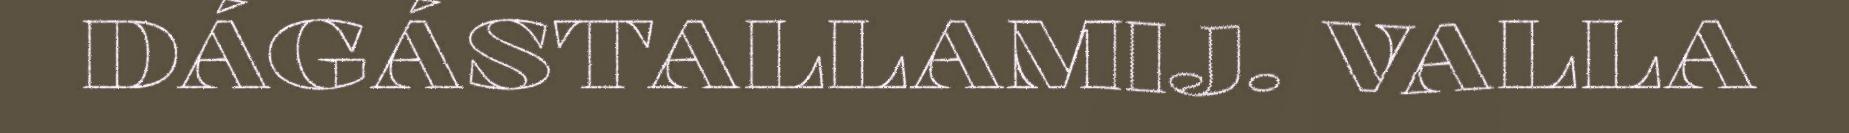
DÁGÁSTALLAMIJ. VALLA